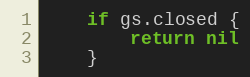
Language: Go
	if gs.closed {
		return nil
	}